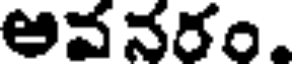
అవనరం.